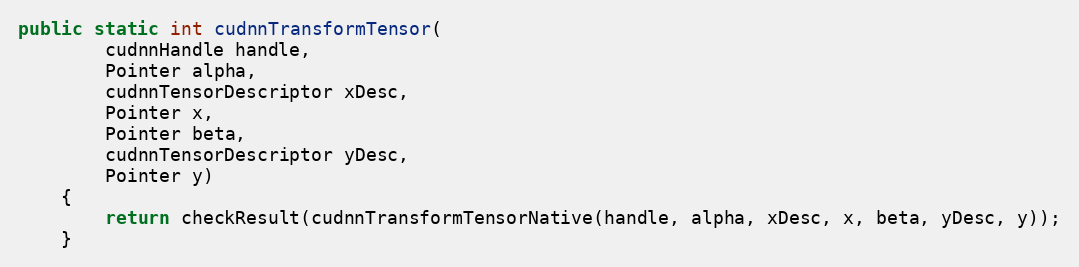
Language: Java
public static int cudnnTransformTensor(
        cudnnHandle handle,
        Pointer alpha,
        cudnnTensorDescriptor xDesc,
        Pointer x,
        Pointer beta,
        cudnnTensorDescriptor yDesc,
        Pointer y)
    {
        return checkResult(cudnnTransformTensorNative(handle, alpha, xDesc, x, beta, yDesc, y));
    }